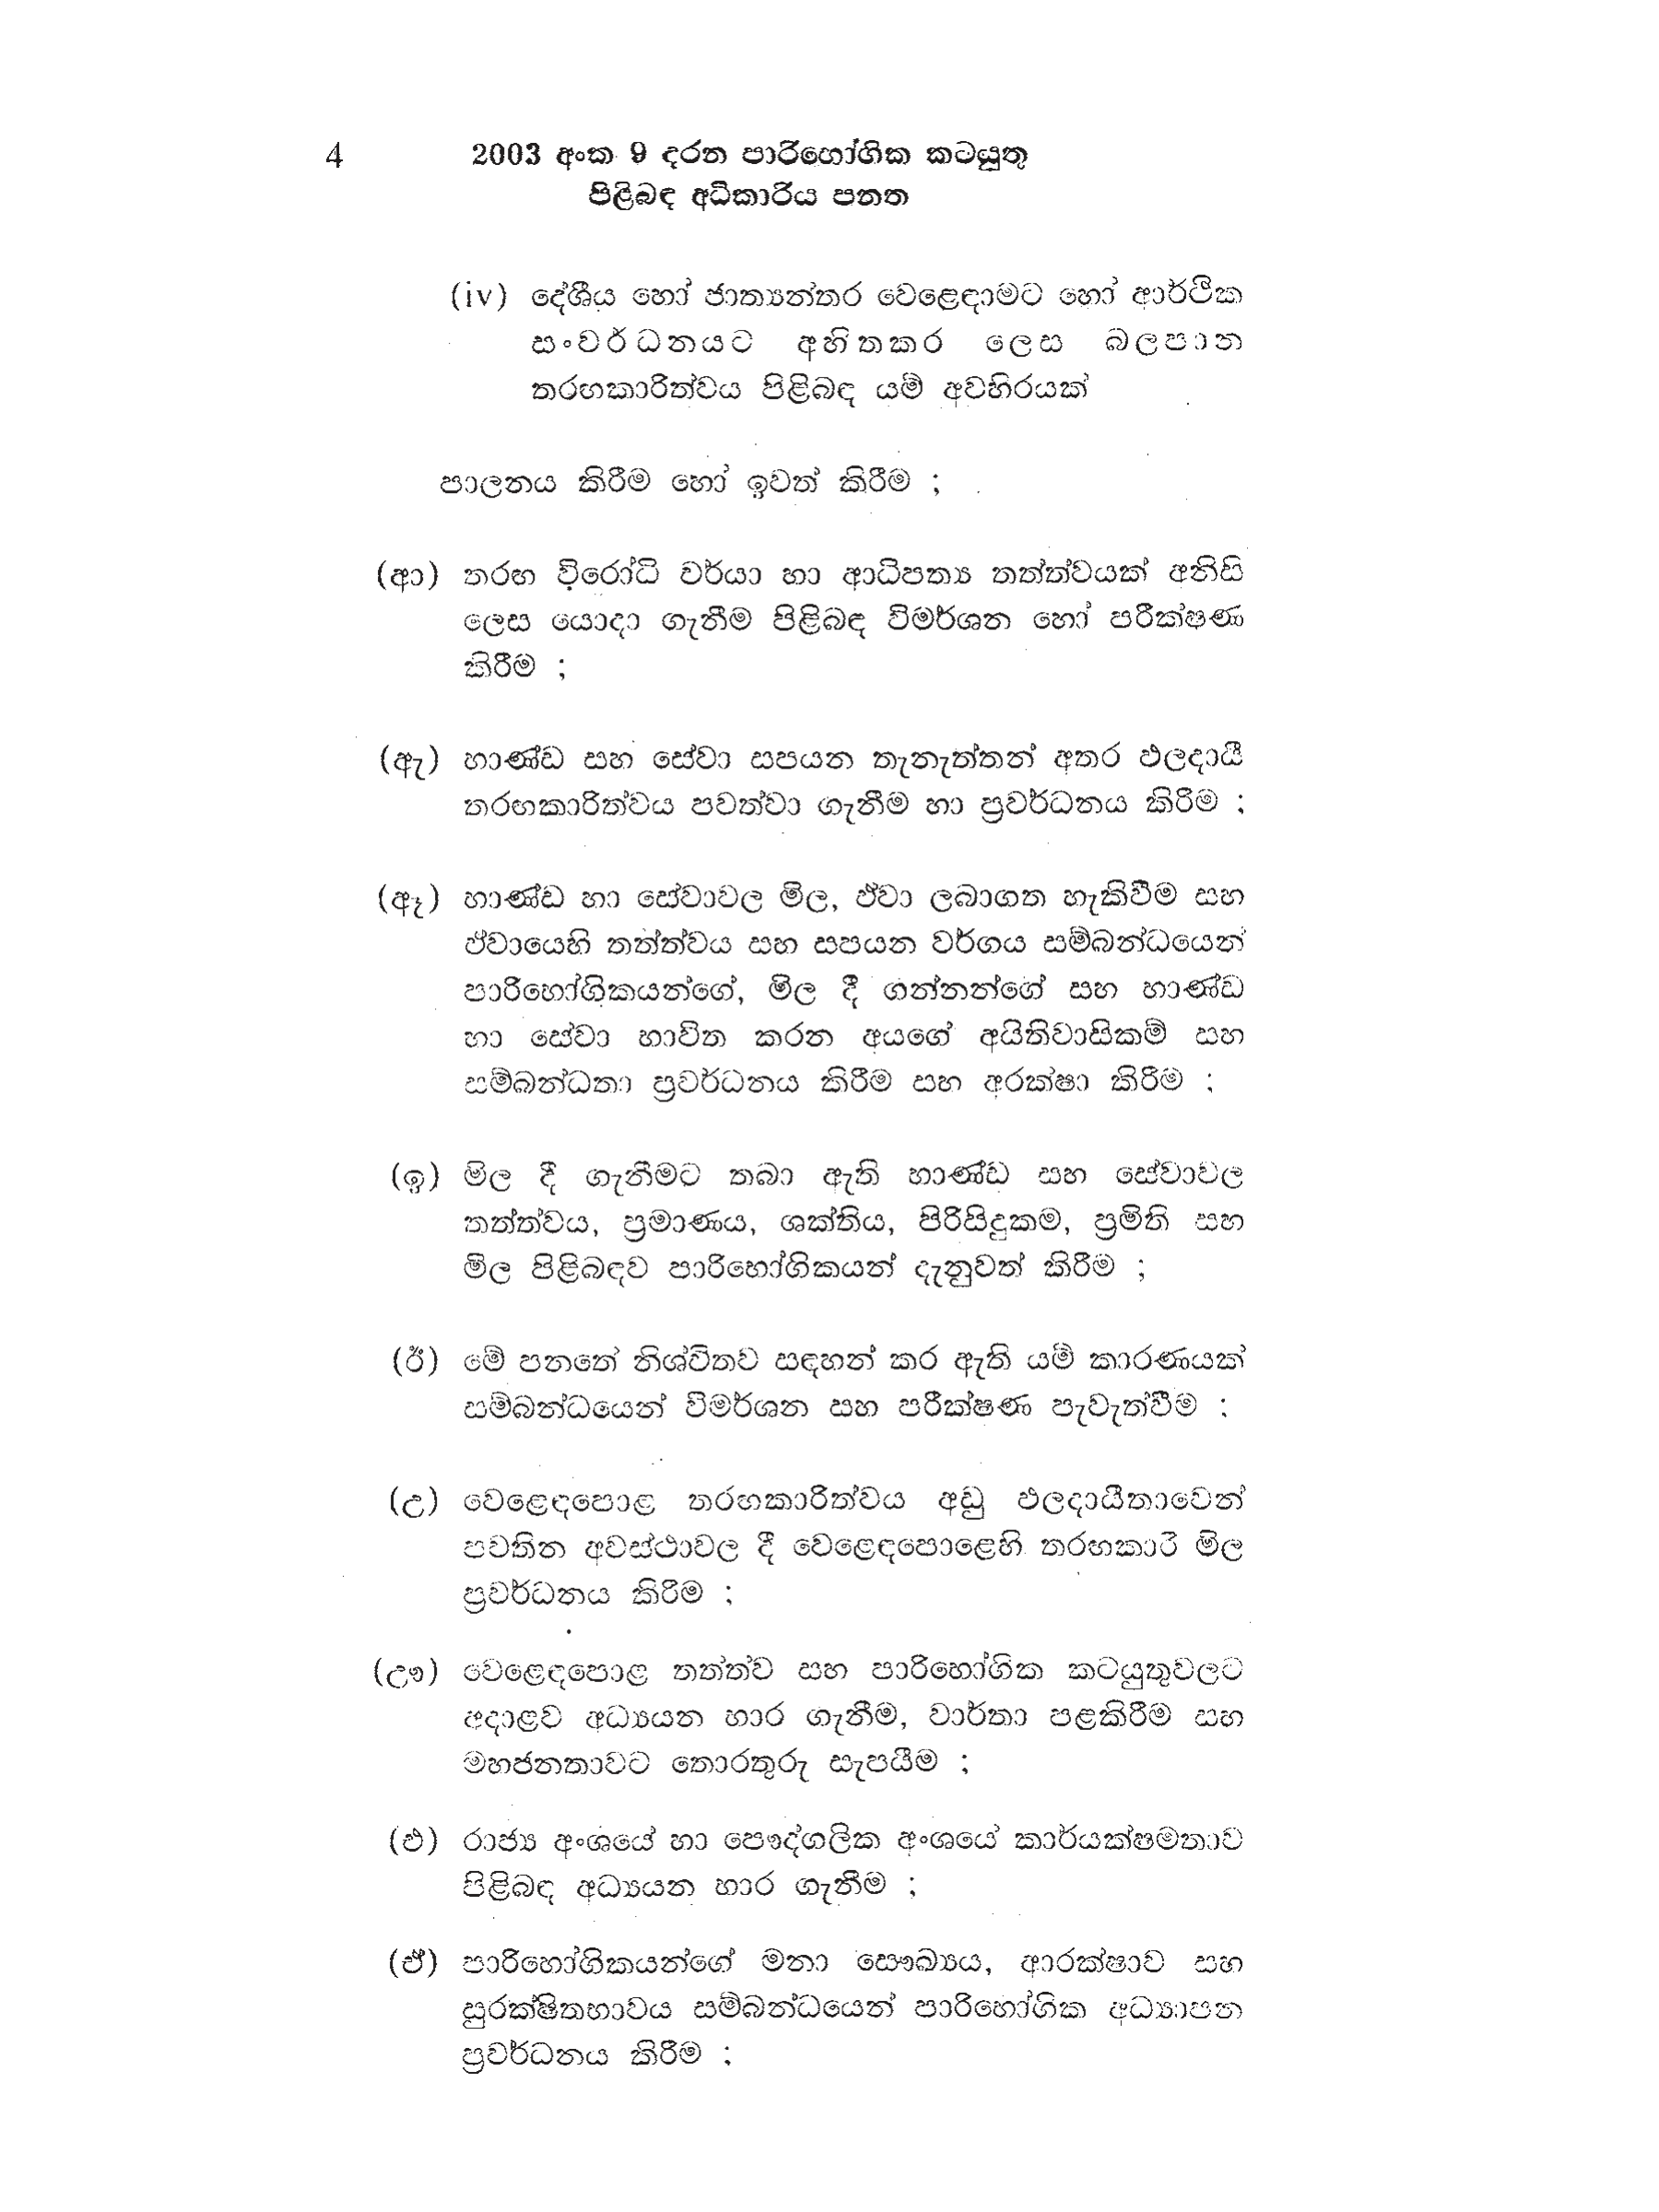
4 2003 අංක 9 දරන පාරිභෝගික කටයුතු
පිළිබඳ අධිකාරිය පනත

(iv) දේශීය හෝ ජාත්‍යන්තර වෙළෙඳාමට හෝ ආර්ථික
සංවර්ධනයට අහිතකර ලෙස බලපාන
තරඟකාරිත්වය පිළිබඳ යම් අවහිරයක්

පාලනය කිරීම හෝ ඉවත් කිරීම ;

(ආ) තරඟ විරෝධි චර්යා හා ආධිපත්‍ය තත්ත්වයක් අනිසි
ලෙස යොදා ගැනීම පිළිබඳ විමර්ශන හෝ පරීක්ෂණ
කිරීම ;

(ඇ) භාණ්ඩ සහ සේවා සපයන තැනැත්තන් අතර ඵලදායී
තරඟකාරිත්වය පවත්වා ගැනීම හා ප්‍රවර්ධනය කිරීම :

(ඈ) භාණ්ඩ හා සේවාවල මිල, ඒවා ලබාගත හැකිවීම සහ
ඒවායෙහි තත්ත්වය සහ සපයන වර්ගය සම්බන්ධයෙන්
පාරිභෝගිකයන්ගේ, මිල දී ගන්නන්ගේ සහ භාණ්ඩ
හා සේවා භාවිත කරන අයගේ අයිතිවාසිකම් සහ
සම්බන්ධතා ප්‍රවර්ධනය කිරීම සහ අරක්ෂා කිරීම ;

(ඉ) මිල දී ගැනීමට තබා ඇති භාණ්ඩ සහ සේවාවල
තත්ත්වය, ප්‍රමාණය, ශක්තිය, පිරිසිදුකම, ප්‍රමිති සහ
මිල පිළිබඳව පාරිභෝගිකයන් දැනුවත් කිරීම;

(ඊ) මේ පනතේ නිශ්චිතව සඳහන් කර ඇති යම් කාරණයක්
සම්බන්ධයෙන් විමර්ශන සහ පරීක්ෂණ පැවැත්වීම;

(උ) වෙළෙඳපොළ තරඟකාරිත්වය අඩු ඵලදායීතාවෙන්
පවතින අවස්ථාවල දී වෙළෙඳපොළෙහි තරඟකාරී මිල
ප්‍රවර්ධනය කිරීම ;

(ඌ) වෙළෙඳපොළ තත්ත්ව සහ පාරිභෝගික කටයුතුවලට
අදාළව අධ්‍යයන භාර ගැනීම, වාර්තා පළකිරීම සහ
මහජනතාවට තොරතුරු සැපයීම ;

(එ) රාජ්‍ය අංශයේ හා පෞද්ගලික අංශයේ කාර්යක්ෂමතාව
පිළිබඳ අධ්‍යයන භාර ගැනීම ;

(ඒ) පාරිභෝගිකයන්ගේ මනා සෞඛ්‍යය, ආරක්ෂාව සහ
සුරක්ෂිතභාවය සම්බන්ධයෙන් පාරිභෝගික අධ්‍යාපන
ප්‍රවර්ධනය කිරීම ;